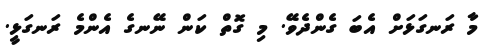
މާ ރަނގަޅަށް އެބަ ގެންދެވޭ. މި ގޮތް ކަން ނޭނގެ އެންމެ ރަނގަޅީ.